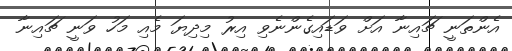
އެންތަނީ ޗައިނާ އަށް ވަޑައިގެންނެވި އިރު މިދިޔަ މެއި މަހު ވަނީ ޗައިނާ